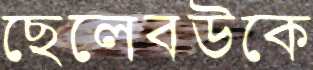
ছেলেবউকে